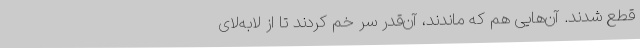
قطع شدند. آن‌هایی هم که ماندند، آن‌قدر سر خم کردند تا از لابه‌لای